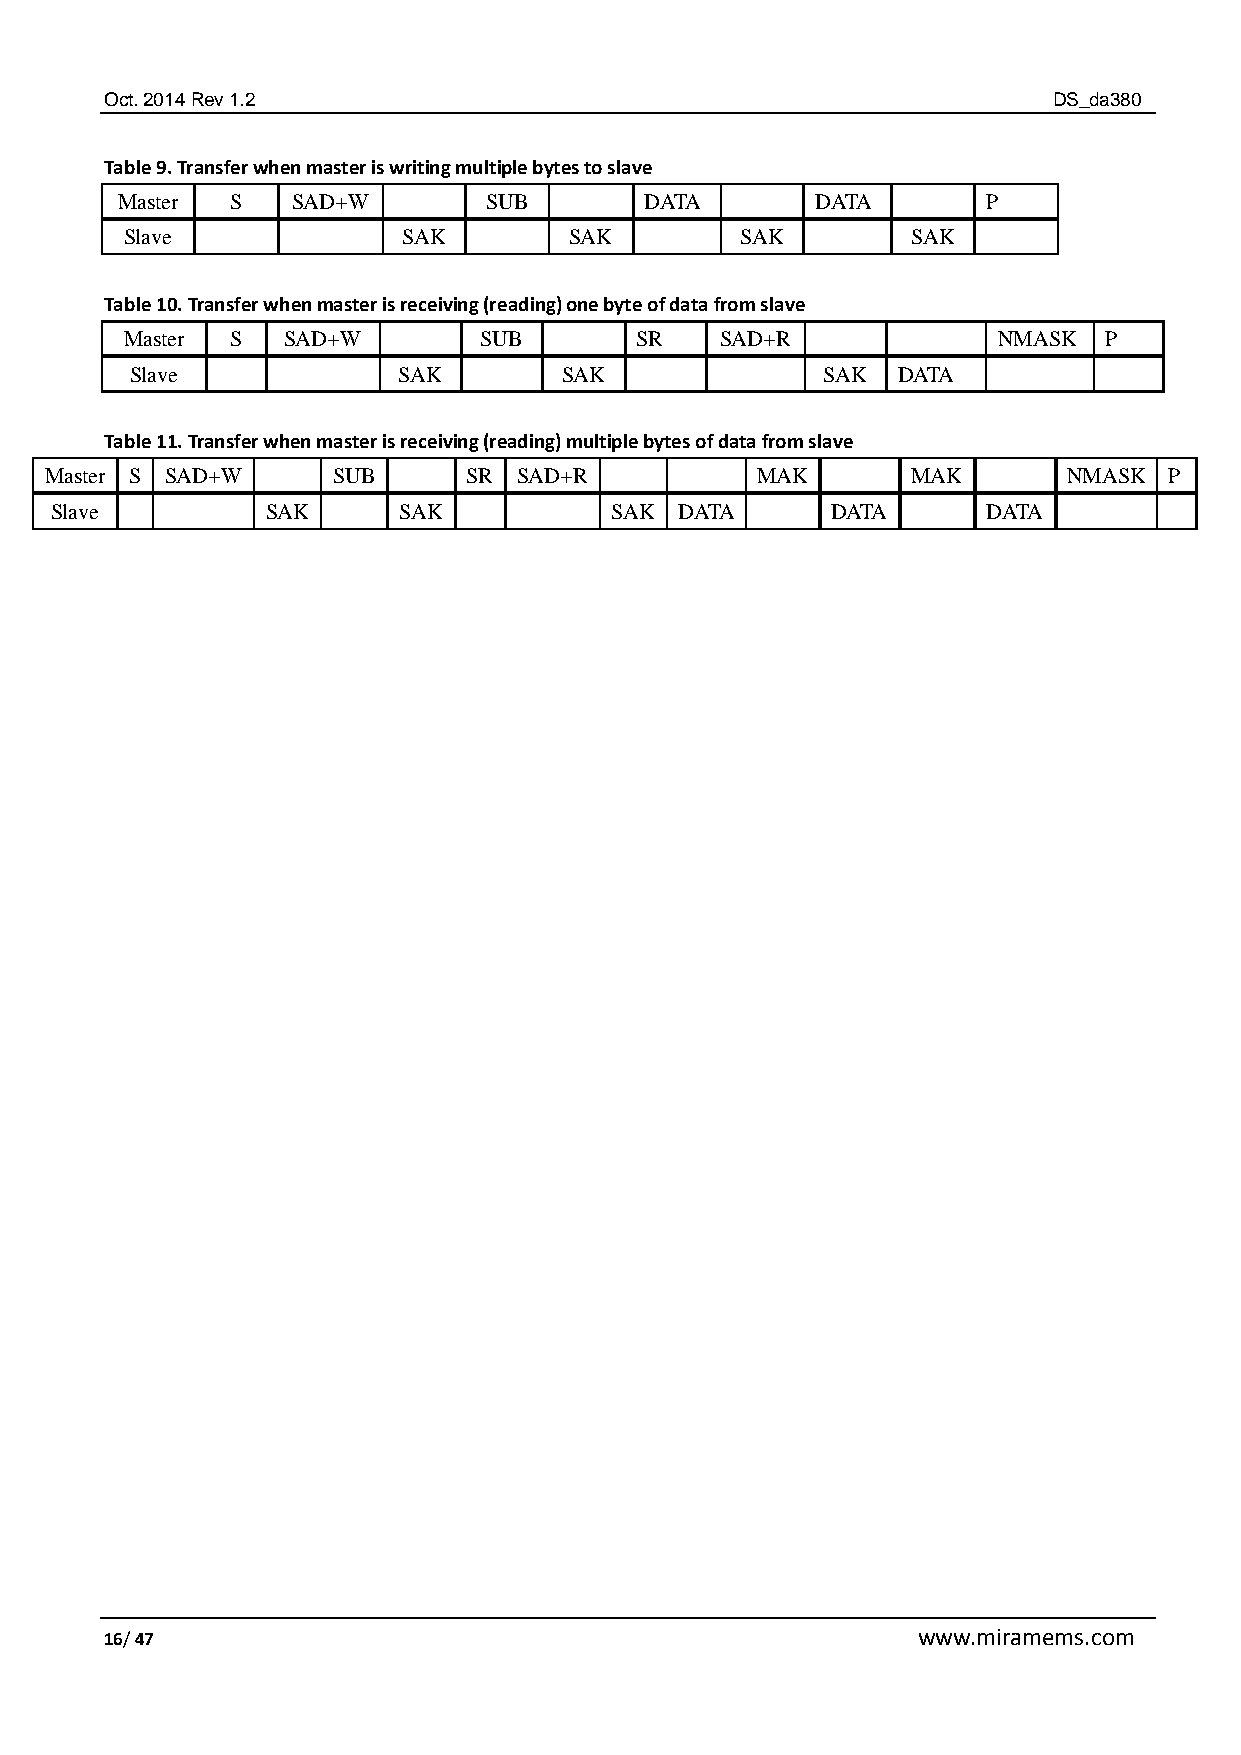
Oct. 2014 Rev 1.2                                              DS_da380
 Table 9. Transfer when master is writing multiple bytes to slave
 Master S   SAD+W        SUB        DATA       DATA       P
 Slave              SAK        SAK        SAK        SAK
 Table 10. Transfer when master is receiving (reading) one byte of data from slave
 Master S   SAD+W        SUB       SR    SAD+R             NMASK  P
 Slave            SAK        SAK              SAK  DATA
 Table 11. Transfer when master is receiving (reading) multiple bytes of data from slave
 Master S SAD+W     SUB      SR SAD+R           MAK       MAK        NMASK P
 Slave          SAK     SAK           SAK  DATA      DATA      DATA
 16/ 47                                                www.miramems.com